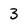
Character: 3